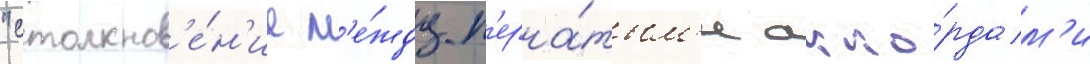
"столкнов'е́н'ие м'е́жду п'ерна́тым'и акко́рдам'и